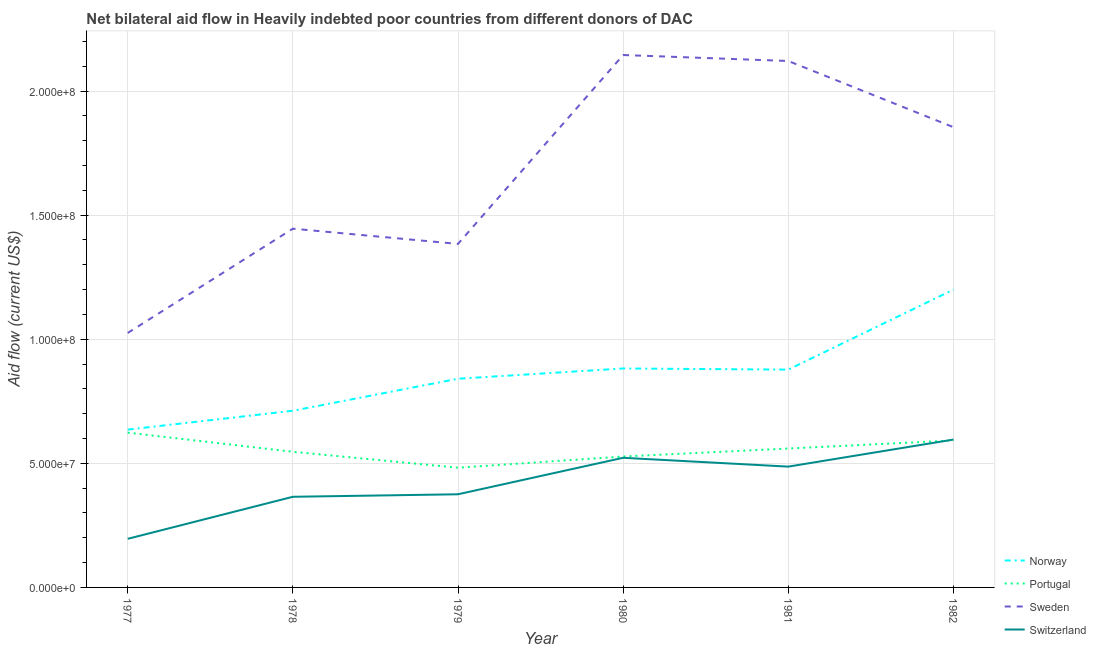
| Year | Norway | Portugal | Sweden | Switzerland |
 | --- | --- | --- | --- | --- |
 | 1977 | 6.36e+07 | 6.24e+07 | 1.03e+08 | 1.96e+07 |
 | 1978 | 7.12e+07 | 5.46e+07 | 1.45e+08 | 3.65e+07 |
 | 1979 | 8.41e+07 | 4.82e+07 | 1.38e+08 | 3.75e+07 |
 | 1980 | 8.82e+07 | 5.28e+07 | 2.15e+08 | 5.22e+07 |
 | 1981 | 8.78e+07 | 5.6e+07 | 2.12e+08 | 4.87e+07 |
 | 1982 | 1.2e+08 | 5.92e+07 | 1.85e+08 | 5.96e+07 |